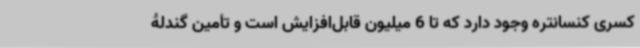
کسری کنسانتره وجود دارد که تا 6 میلیون قابل‌افزایش است و تأمین گندلۀ